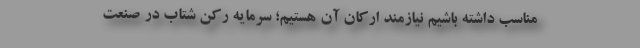
مناسب داشته باشیم نیازمند ارکان آن هستیم؛ سرمایه رکن شتاب در صنعت